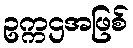
ဥက္ကဌအဖြစ်